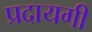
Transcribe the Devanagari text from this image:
प्रदायगी